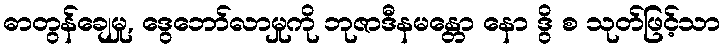
ဓာတွန်ချေမှု, ဒွေဘော်လာမှုကို ဘုဇာဒီနမန္တော နော ဒွိ စ သုတ်ဖြင့်သာ